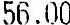
56.00